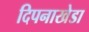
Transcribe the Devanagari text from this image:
दिपनाखेडा